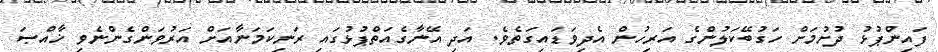
ފައިންޕުޅު ދުށުމަށް ހަގުބޭކަލުންގެ އަރިހުން އެދިވަޑައިގަތެވެ. އަދި އޭނާގެއަތްޕުޅުގައި ރަނިކަމަނާއަށް އަރުވަންގެންނެވި ޚާއްޞަ